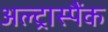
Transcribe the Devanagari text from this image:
अल्ट्रास्पैंक